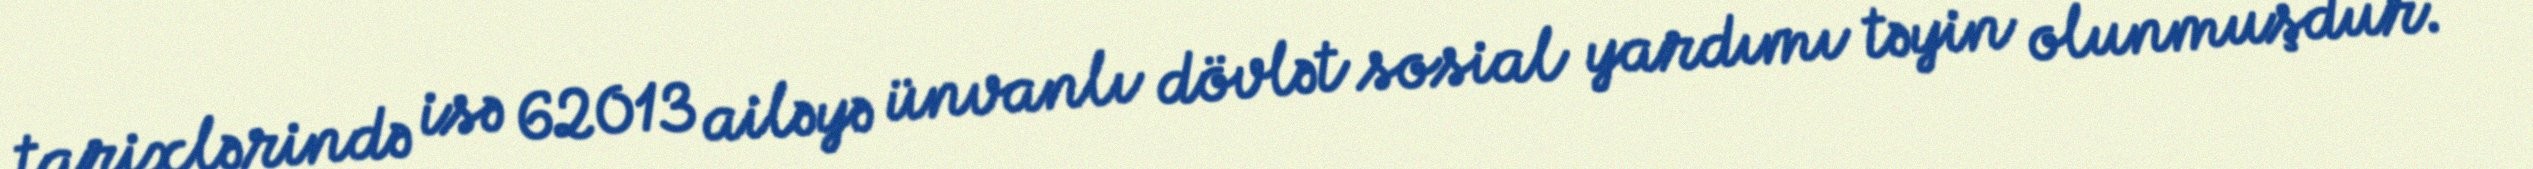
tarixlərində isə 62013 ailəyə ünvanlı dövlət sosial yardımı təyin olunmuşdur.